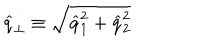
\widehat { q } _ { \perp } \equiv \sqrt { \widehat { q } _ { 1 } ^ { 2 } + \widehat { q } _ { 2 } ^ { 2 } }